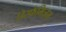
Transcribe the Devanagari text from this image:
डिस्फेमिज़म